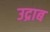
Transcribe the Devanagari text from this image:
उद्राब